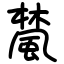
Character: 檒